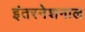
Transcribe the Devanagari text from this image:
इंतरनेशनाल